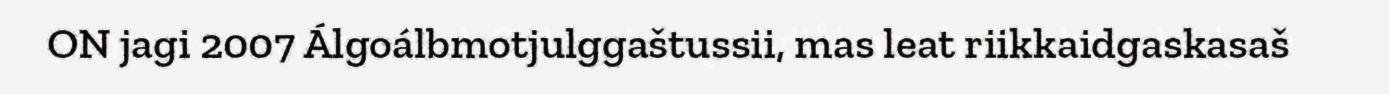
ON jagi 2007 Álgoálbmotjulggaštussii, mas leat riikkaidgaskasaš